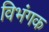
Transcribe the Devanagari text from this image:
विभंगक